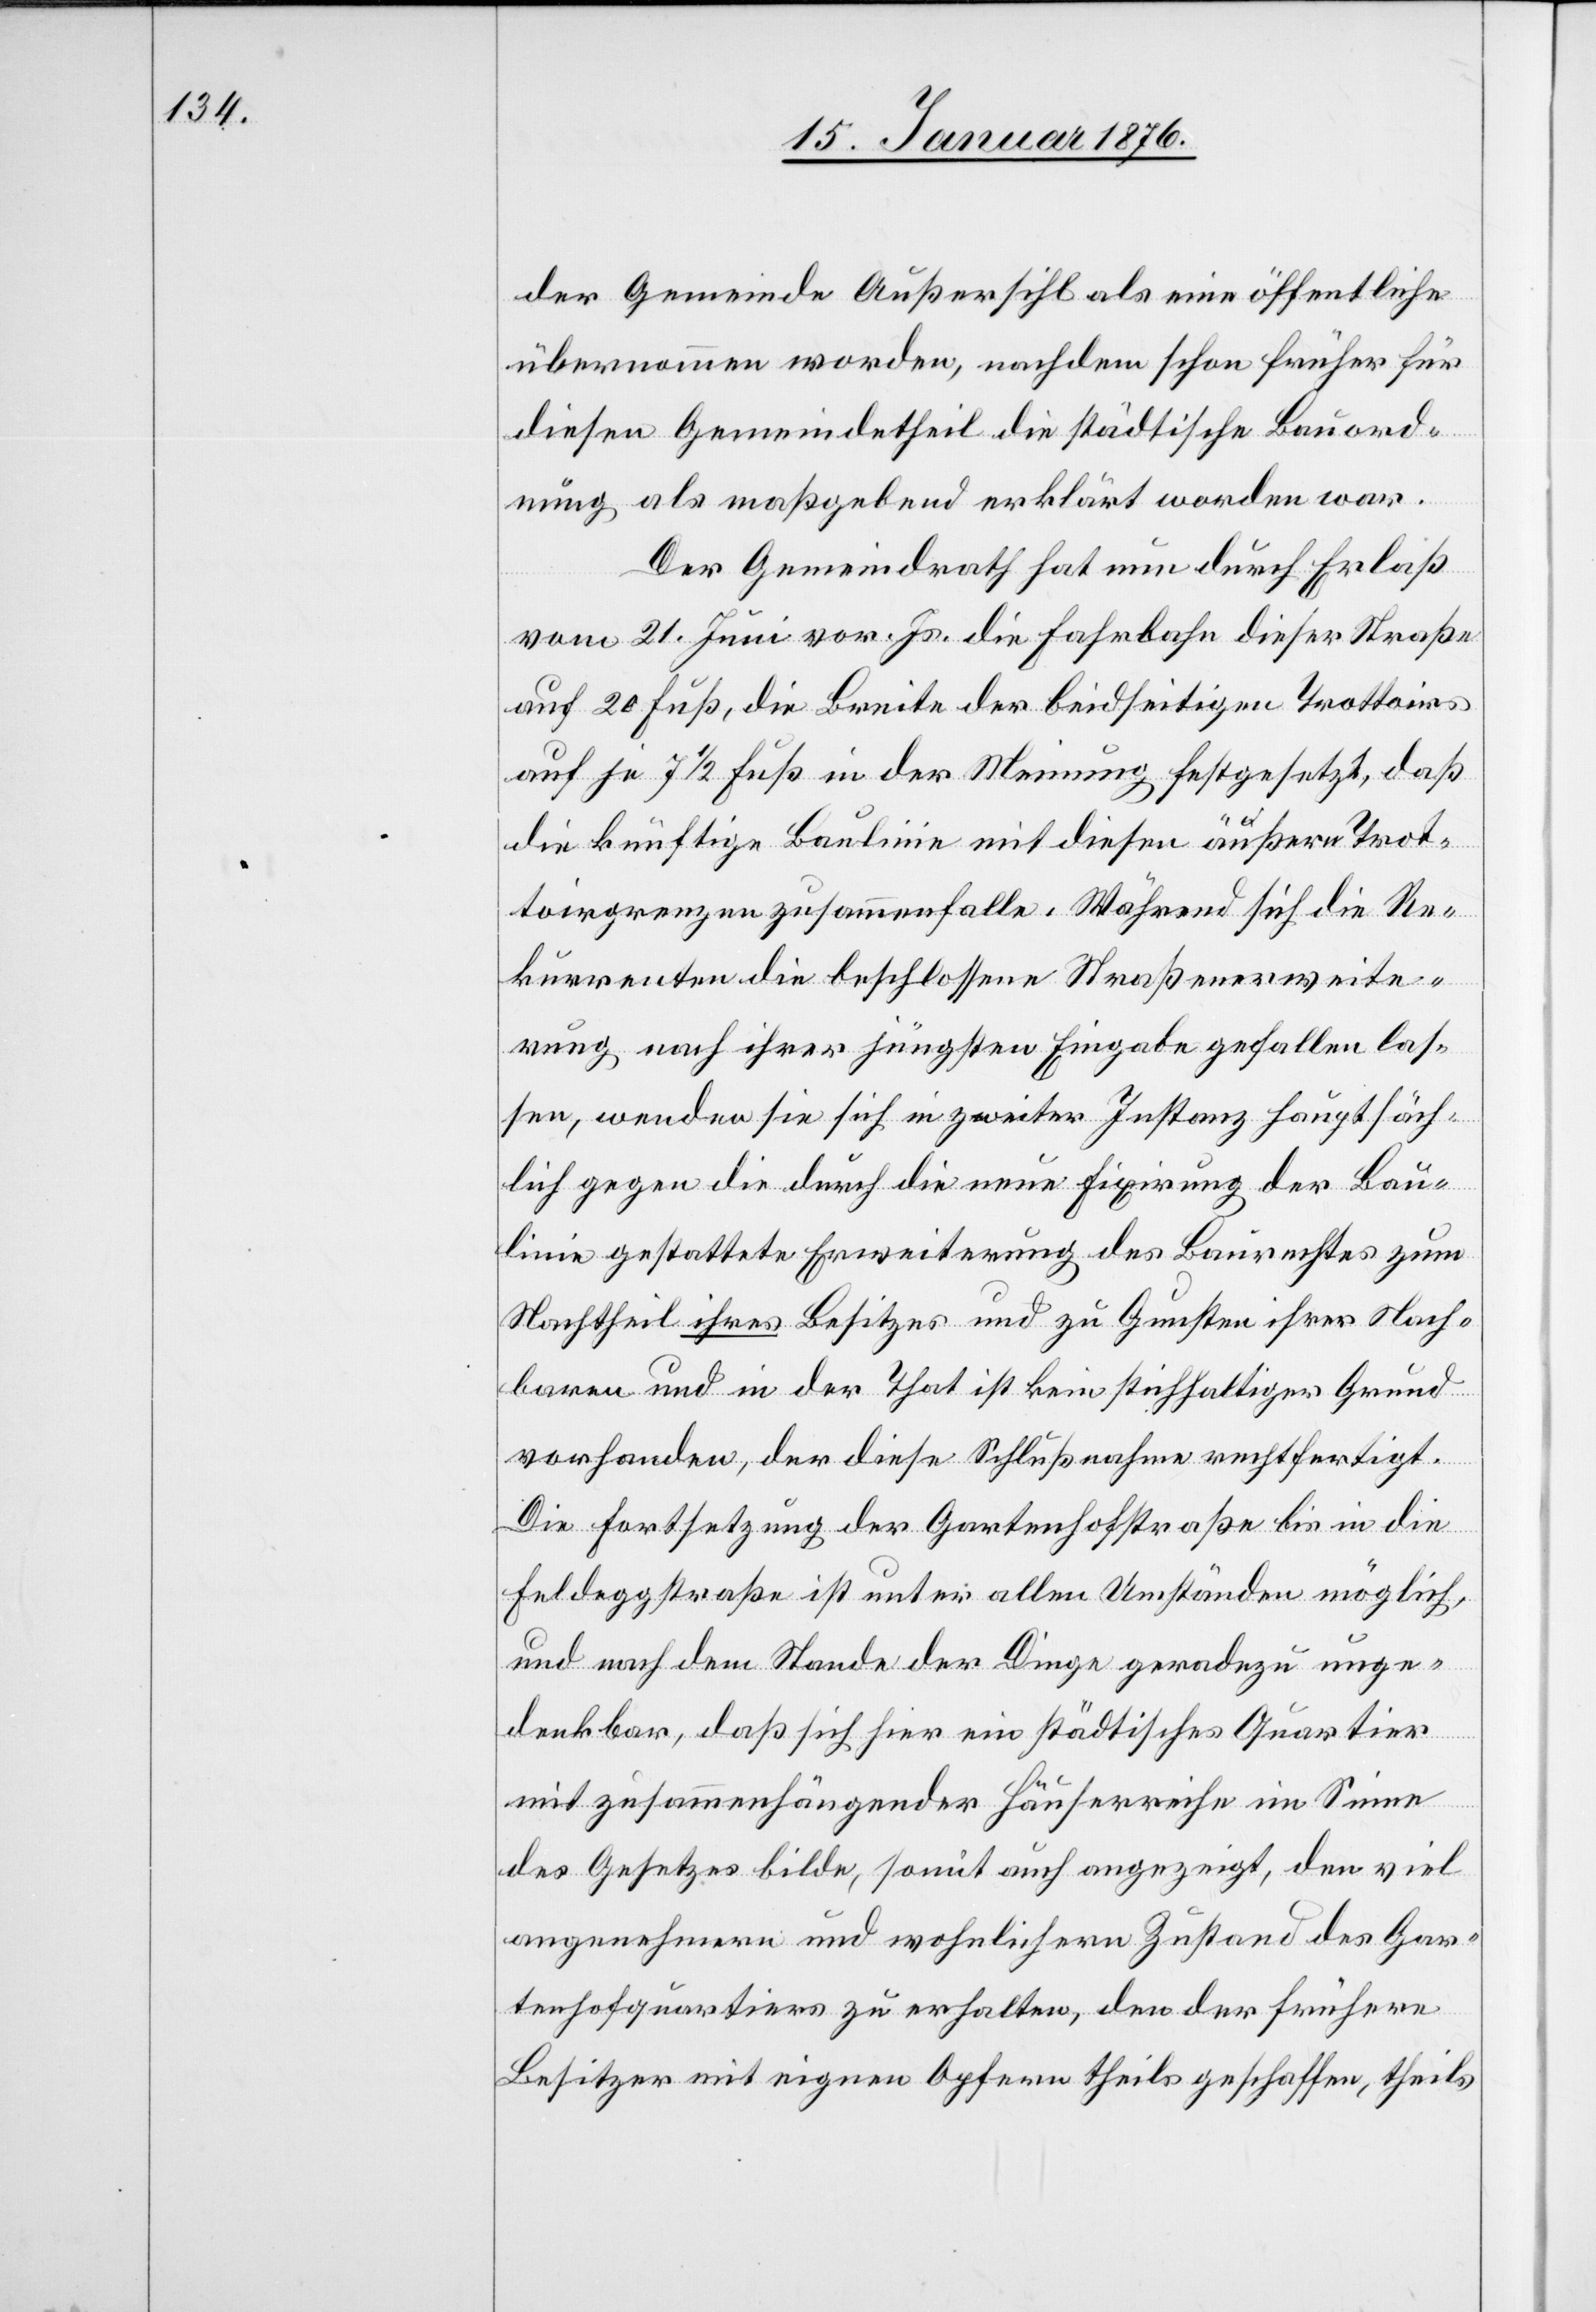
der Gemeinde Außersihl als eine öffentliche
übernommen worden, nachdem schon früher für
diesen Gemeindetheil die städtische Bauord¬
nung als maßgebend erklärt worden war.
Der Gemeindrath hat nun durch Erlaß
vom 21. Juni vor. Js. die Fahrbahn dieser Straße
auf 20 Fuß, die Breite der beidseitigen Trottoirs
auf je 7 1/2 Fuß in der Meinung festgesetzt, daß
die künftige Baulinie mit diesen äußern Trot¬
toirgrenzen zusammenfalle. Während sich die Re¬
kurrenten die beschlossene Straßenerweite¬
rung nach ihrer jüngsten Eingabe gefallen las¬
sen, wenden sie sich in zweiter Instanz hauptsäch¬
lich gegen die durch die neue Fixirung der Bau¬
linie gestattete Erweiterung des Baurechtes zum
Nachtheil ihres Besitzes und zu Gunsten ihrer Nach¬
baren und in der That ist kein stichhaltiger Grund
vorhanden, der diese Schlußnahme rechtfertigt.
Die Fortsetzung der Gartenhofstraße bis in die
Feldeggstraße ist unter allen Umständen möglich,
und nach dem Stande der Dinge geradezu unge¬
denkbar, daß sich hier ein städtisches Quartier
mit zusammenhängender Häuserreihe im Sinne
des Gesetzes bilde, somit auch angezeigt, den viel
angenehmern und wohnlichern Zustand des Gar¬
tenhofquartiers zu erhalten, den der frühere
Besitzer mit eigenen Opfern theils geschaffen, theils